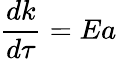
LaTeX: \frac{dk}{d\tau}=Ea